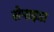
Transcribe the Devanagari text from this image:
सेपाइडा